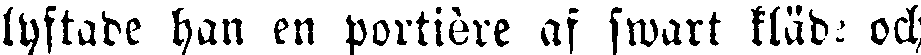
lyftade han en portière af swart kläde och